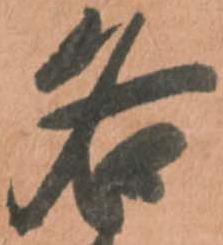
各